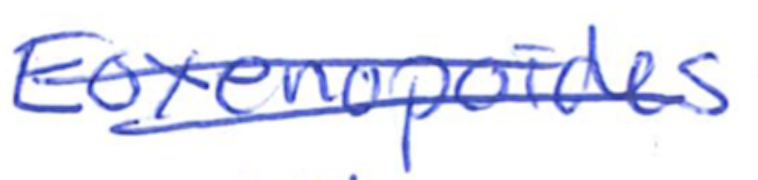
Text: Eoxenopoides
Cross-out: mix
Writing tool: ballpoint